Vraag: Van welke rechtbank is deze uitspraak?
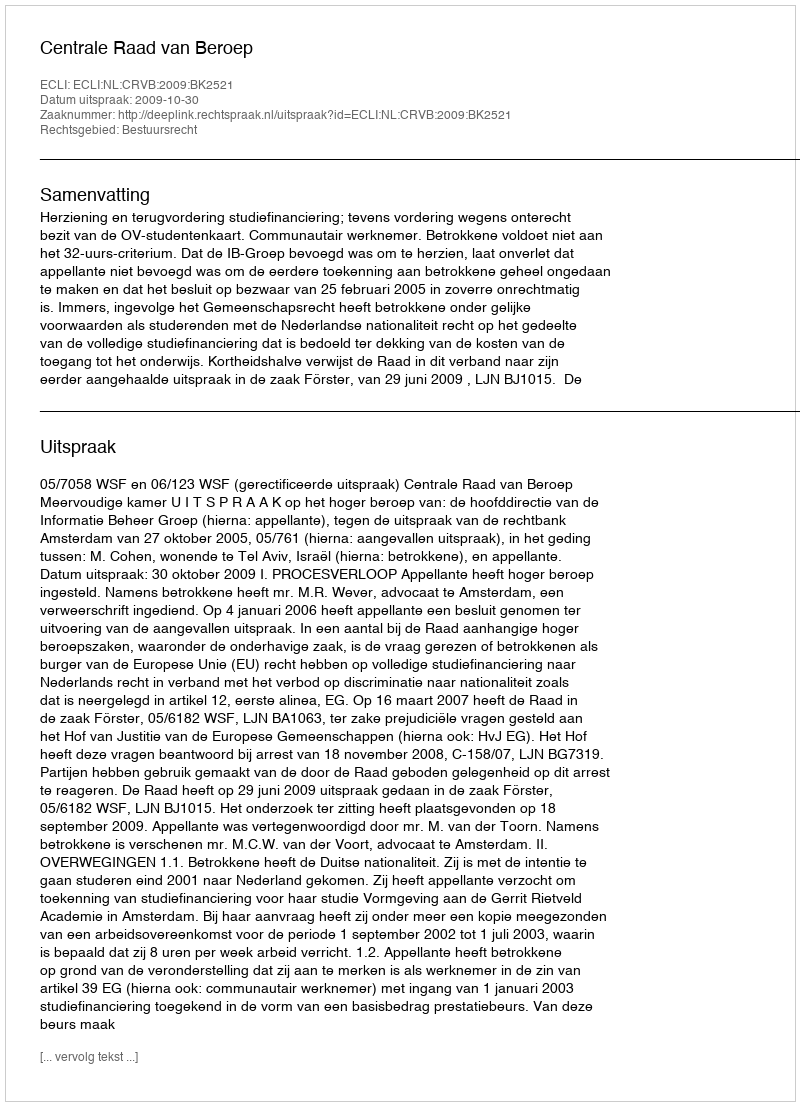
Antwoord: Centrale Raad van Beroep